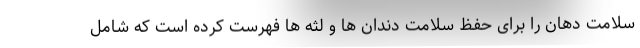
سلامت دهان را برای حفظ سلامت دندان ها و لثه ها فهرست کرده است که شامل